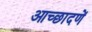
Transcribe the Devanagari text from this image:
आच्छादणें